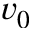
v _ { 0 }